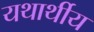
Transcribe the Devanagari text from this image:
यथार्थीय